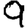
Digit: 9